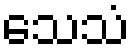
သေသံ